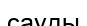
сауды